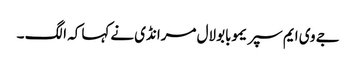
جے وی ایم سپریموبابولال مرانڈی نےکہا کہ الگ ۔